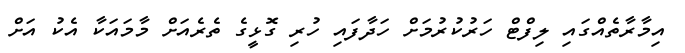
އިމާރާތެއްގައި ލިފްޓް ހަރުކުރުމަށް ހަދާފައި ހުރި ގޮޅީގެ ތެރެއަށް މާމައަކާ އެކު އަށް